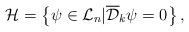
LaTeX: \begin{align*}{\cal H}=\left\{ \psi\in {\cal L}_{n}| {\overline{\cal D}}_k\psi=0\right\},\end{align*}